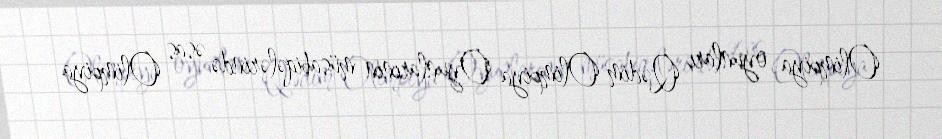
Olimpiya oyunları Qədim Olimpiya Oyunlarının müsabiqələrində əsas Olimpiya